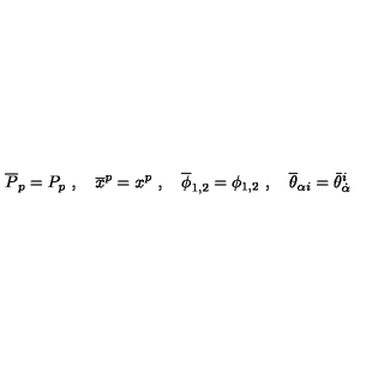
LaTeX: \overline { P } _ { p } = P _ { p } \ , \quad \overline { x } ^ { p } = x ^ { p } \ , \quad \overline { \phi } _ { 1 , 2 } = \phi _ { 1 , 2 } \ , \quad \overline { \theta } _ { \alpha i } = \bar { \theta } _ { \dot { \alpha } } ^ { i }